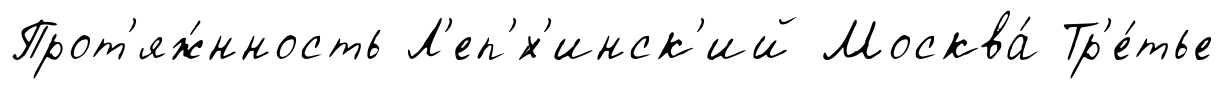
Прот'яж́нность Л'еп'́х'инск'ий Москва́ Тр'е́тье